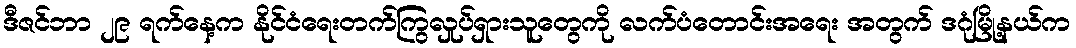
ဒီဇင်ဘာ ၂၉ ရက်နေ့က နိုင်ငံရေးတက်ကြွလှုပ်ရှားသူတွေကို လက်ပံတောင်းအရေး အတွက် ဒဂုံမြို့နယ်က